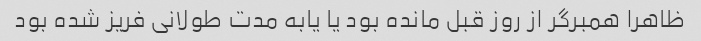
ظاهرا همبرگر از روز قبل مانده بود یا یابه مدت طولانی فریز شده بود